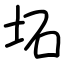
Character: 坧